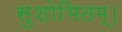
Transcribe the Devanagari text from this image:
सुशोभितम्।